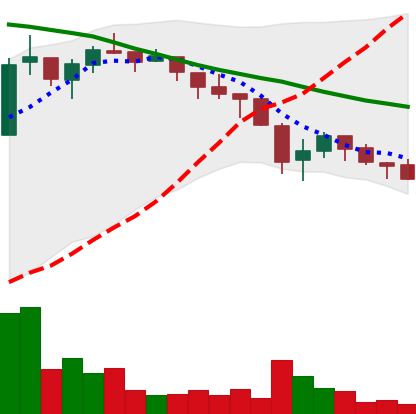
Ticker: ADA-USD
Chart end date: 2018-05-17
Forward return: -7.903%
Label: down_7plus